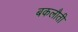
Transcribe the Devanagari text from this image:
बकलौती